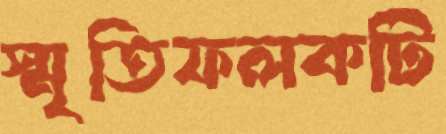
স্মৃতিফলকটি